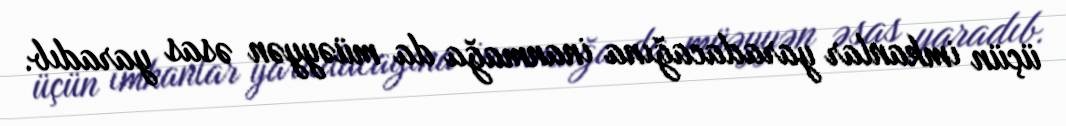
üçün imkanlar yaradacağına inanmağa da müəyyən əsas yaradıb.